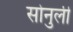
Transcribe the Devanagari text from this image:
सोनुली